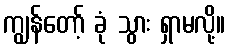
ကျွန်တော့် ခုံ သွား ရှာမလို့။